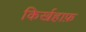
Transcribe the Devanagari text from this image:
किर्खहाफ़